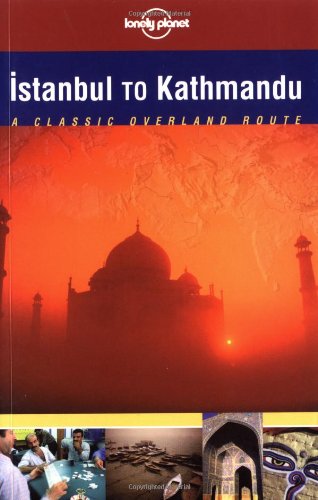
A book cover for Lonely Planet Istanbul to Kathmandu: Classic Overland Routes; Paul Harding; Travel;